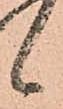
候